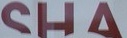
SHA